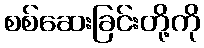
စစ်ဆေးခြင်းတို့ကို